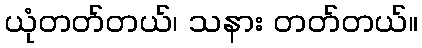
ယုံတတ်တယ်၊ သနား တတ်တယ်။